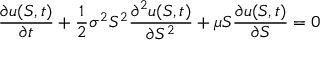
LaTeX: { \frac { \partial u ( S , t ) } { \partial t } } + { \frac { 1 } { 2 } } \sigma ^ { 2 } S ^ { 2 } { \frac { \partial ^ { 2 } u ( S , t ) } { \partial S ^ { 2 } } } + \mu S { \frac { \partial u ( S , t ) } { \partial S } } = 0